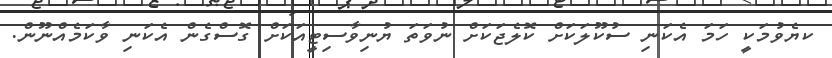
ކޔެވުމަކީ ހަމަ އެކަނި ސުކޫލަކަށް ކޮލެޖަކަށް ނުވަތަ ޔުނިވާސިޓީއަކަށް ގޮސްގެން އެކަނި ވާކަމެއްނޫން.